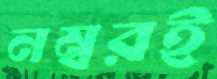
নম্বরই